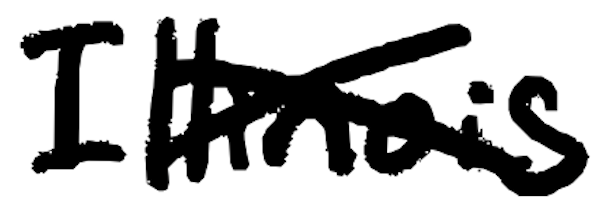
Text: Illinois
Cross-out: cross
Writing tool: digital_black